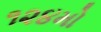
૧૨૪મો